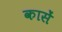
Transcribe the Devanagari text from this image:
कासें